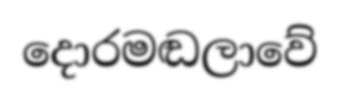
දොරමඬලාවේ